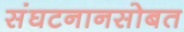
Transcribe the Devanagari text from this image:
संघटनानसोबत